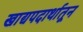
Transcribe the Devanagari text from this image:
खाद्यपदार्थातून